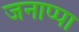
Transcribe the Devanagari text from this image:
जनाप्पा